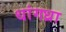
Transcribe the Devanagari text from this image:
धांगध्रा